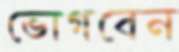
ভোগবেন